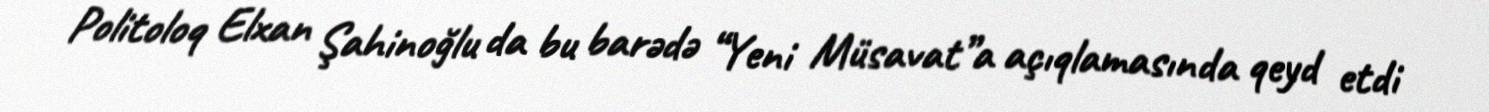
Politoloq Elxan Şahinoğlu da bu barədə “Yeni Müsavat”a açıqlamasında qeyd etdi